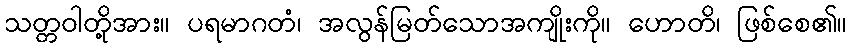
သတ္တဝါတို့အား။ ပရမာဂတံ၊ အလွန်မြတ်သောအကျိုးကို။ ဟောတိ၊ ဖြစ်စေ၏။